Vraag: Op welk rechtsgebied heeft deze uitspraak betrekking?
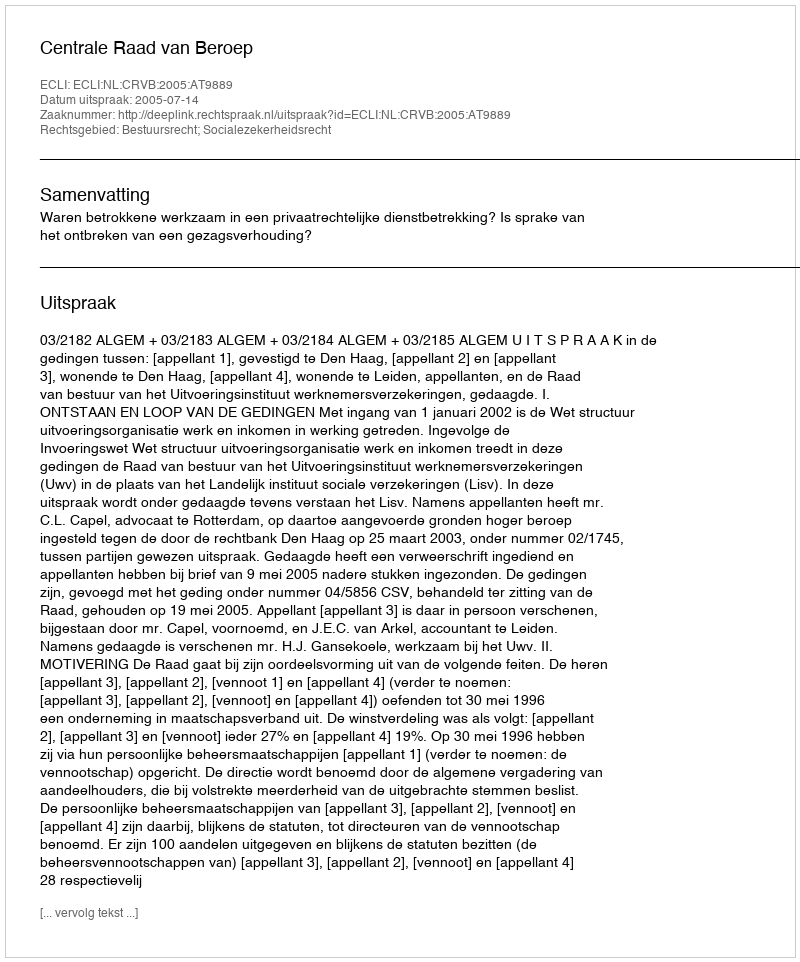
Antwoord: Bestuursrecht; Socialezekerheidsrecht